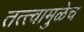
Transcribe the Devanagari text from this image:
तत्त्वामुळेच